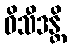
ဝိသီဒန္တိ